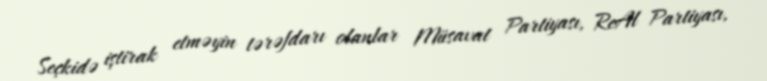
Seçkidə iştirak etməyin tərəfdarı olanlar Müsavat Partiyası, ReAl Partiyası,